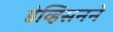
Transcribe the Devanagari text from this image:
डेव्हिसनने